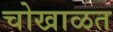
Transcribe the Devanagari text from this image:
चोखाळत